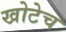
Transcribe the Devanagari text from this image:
खोटेच